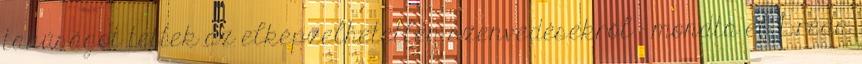
tanúságot tettek az elképzelhetetlen szenvedésekről - mondta el Bréda